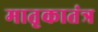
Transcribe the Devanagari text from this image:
मातृकातंत्र